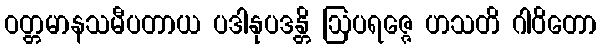
ဝတ္တမာနသမီပတာယ ပဒါနုပဒန္တိ ဩပရဇ္ဇေ ဟသတိ ဂါဝိတော